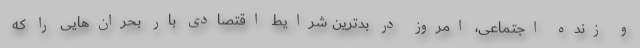
و زنده اجتماعی، امروز در بدترین شرایط اقتصادی بار بحران‌هایی را که